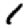
Digit: 1